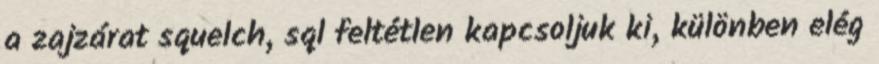
a zajzárat squelch, sql feltétlen kapcsoljuk ki, különben elég